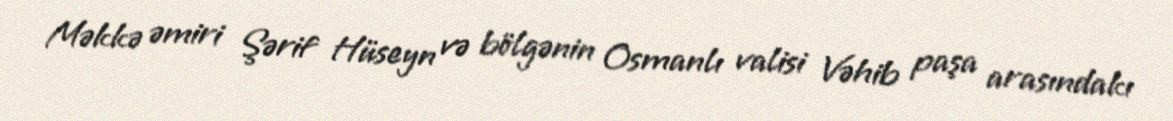
Məkkə əmiri Şərif Hüseyn və bölgənin Osmanlı valisi Vəhib paşa arasındakı